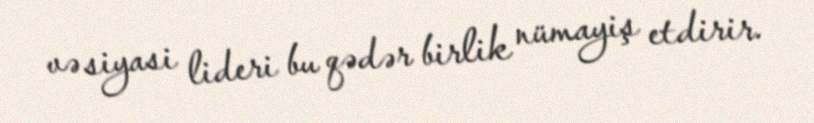
və siyasi lideri bu qədər birlik nümayiş etdirir.